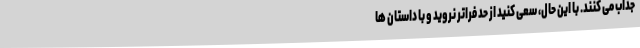
جذاب می کنند. با این حال، سعی کنید از حد فراتر نروید و با داستان ها